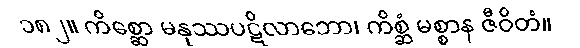
၁၈၂။ ကိစ္ဆော မနုဿပဋိလာဘော၊ ကိစ္ဆံ မစ္စာန ဇီဝိတံ။